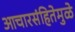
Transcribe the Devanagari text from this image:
आचारसंहितेमुळे